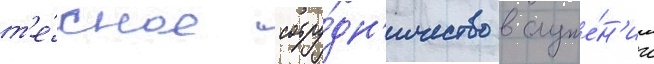
т'е́сное сотру́дн'ичество в служе́н'ии